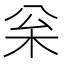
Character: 枀